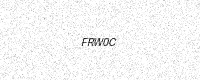
Text: FRW0C